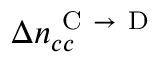
\Delta n _ { c c } ^ { \mathrm { ~ C ~ } \rightarrow \mathrm { ~ D ~ } }